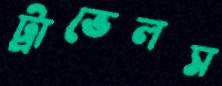
ট্রাভেলস